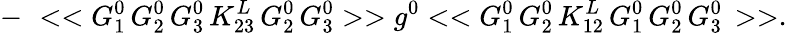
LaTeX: -\, \, <<G_{1}^{0}\, G_{2}^{0}\, G_{3}^{0}\, K_{23}^{L}\, G_{2}^{0}\, G_{3}^{0}>>g^{0}<<G_{1}^{0}\, G_{2}^{0}\, K_{12}^{L}\, G_{1}^{0}\, G_{2}^{0}\, G_{3}^{0}\, >>.